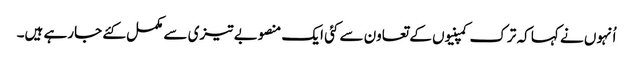
اُنہوں نے کہا کہ ترک کمپنیوں کے تعاون سے کئی ایک منصوبے تیزی سے مکمل کئے جارہے ہیں۔